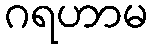
ဂရဟာမ